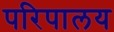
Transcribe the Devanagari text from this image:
परिपालय